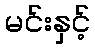
မင်းနှင့်